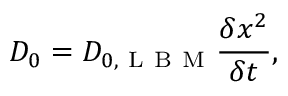
D _ { 0 } = D _ { 0 , \mathrm { ~ L ~ B ~ M ~ } } \frac { \delta x ^ { 2 } } { \delta t } ,